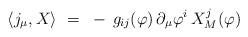
LaTeX: \begin{align*}\langle j_\mu , X \rangle~=~- \, g_{ij}(\varphi) \, \partial_\mu \varphi^i \, X_M^j(\varphi)~ \end{align*}